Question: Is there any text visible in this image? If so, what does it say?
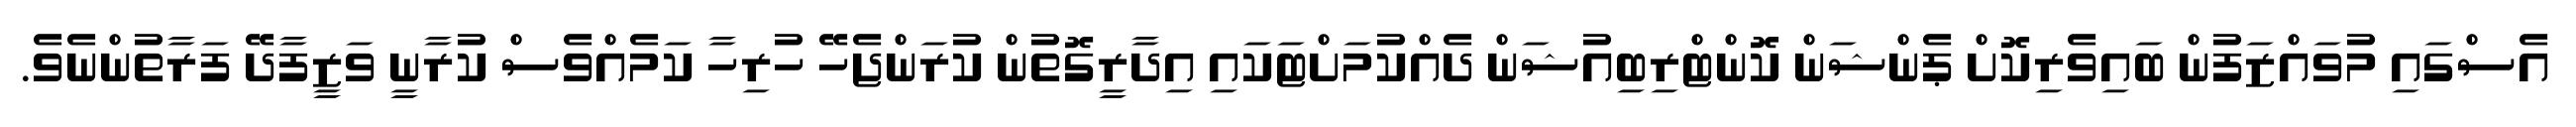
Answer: އެސްގައި މުވައްޒަފުން ބައިވެރިކޮށް ޕެންޝަން ކޮންޓްރިބިއުޝަން ދެއްކުމަށްޓަކައި އިދާރީގޮތުން ކުރަންޖެހޭ ހުރިހާ ކަމެއްވެސް ކުރާނީ ވަޒީފާދޭ ފަރާތުންނެވެ.